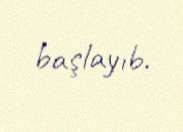
başlayıb.